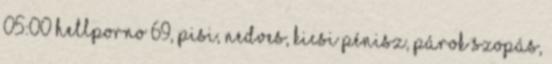
05:00 HellPorno 69, pisi, nedves, kicsi pénisz, párok szopás,